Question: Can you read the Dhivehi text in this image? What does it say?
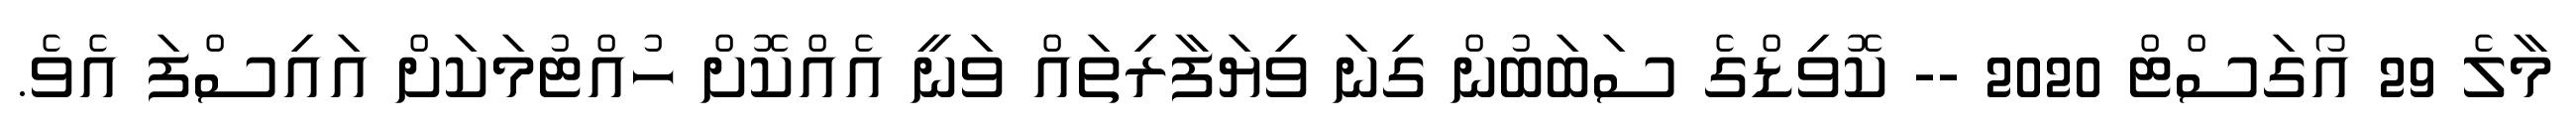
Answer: މާލެ 29 އޯގަސްޓް 2020 -- ކޮވިޑްގެ ސަބަބުން ގިނަ ވިޔަފާރިތައް ވަނީ އެއްކޮށް ހުއްޓުމަކަށް އައިސްފަ އެވެ.